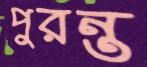
পুরন্ত